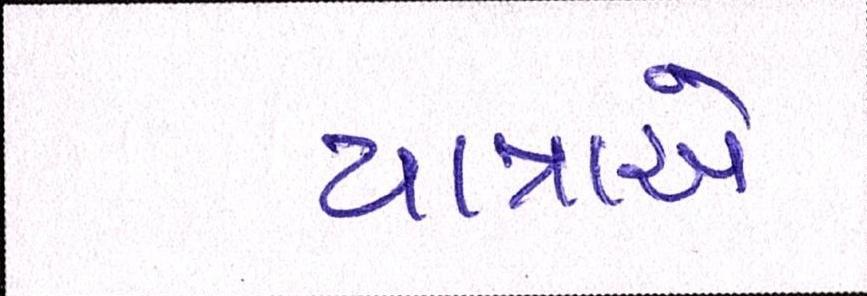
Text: યાત્રાએ